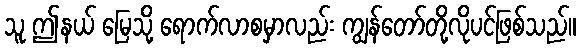
သူ ဤနယ် မြေသို့ ရောက်လာစမှာလည်း ကျွန်တော်တို့လိုပင်ဖြစ်သည်။